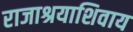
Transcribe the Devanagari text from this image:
राजाश्रयाशिवाय